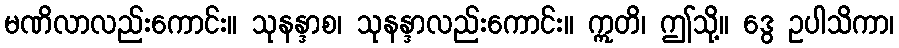
မဏိလာလည်းကောင်း။ သုနန္ဒာစ၊ သုနန္ဒာလည်းကောင်း။ ဣတိ၊ ဤသို့။ ဒွေ ဥပါသိကာ၊